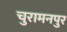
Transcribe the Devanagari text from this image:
चुरामनपुर